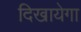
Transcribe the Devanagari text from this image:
दिखायेगा